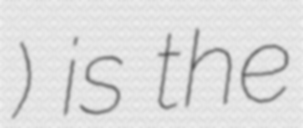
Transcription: ဥက္ကဋ္ဌ) is the